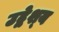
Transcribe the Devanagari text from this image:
उद्वेश्‍य